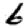
Digit: 6